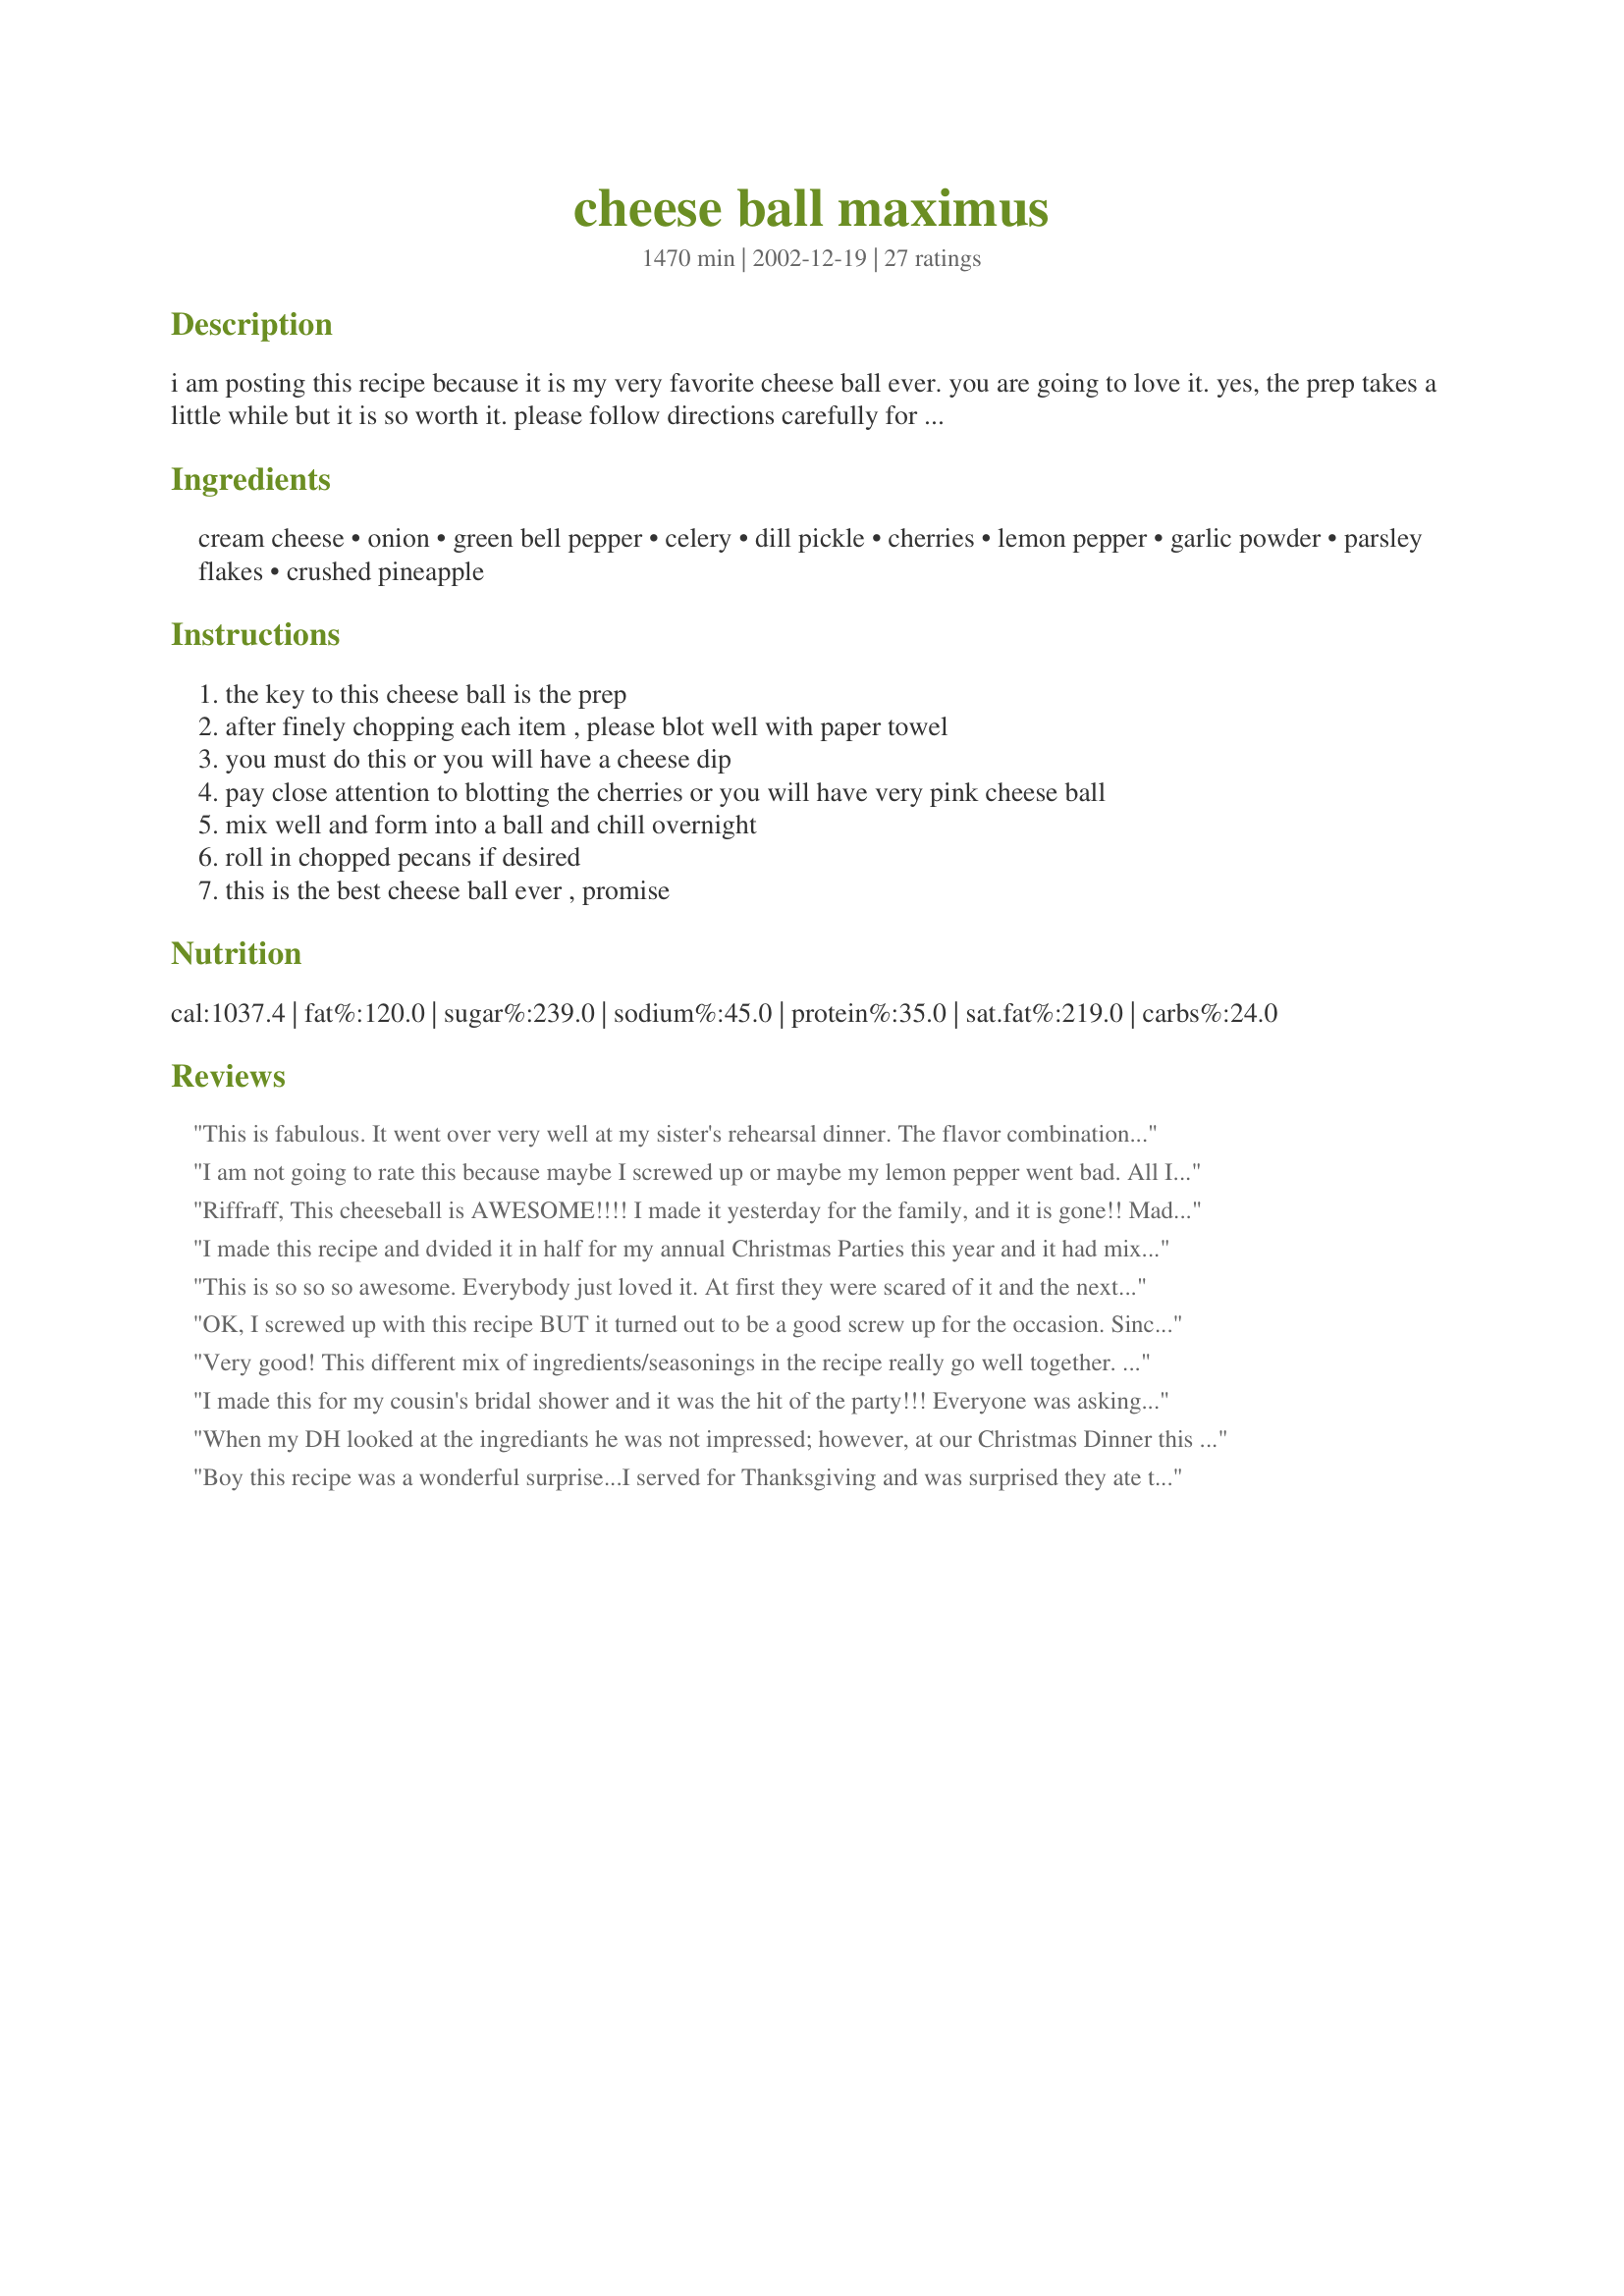
cheese ball maximus
Preparation time: 1470 minutes

i am posting this recipe because it is my very favorite cheese ball ever. you are going to love it. yes, the prep takes a little while but it is so worth it. please follow directions carefully for success. please do not do it with a processor as you want distinctive pieces of stuff. it is a very pretty cheese ball. cook time is refrigeration time.

Ingredients:
cream cheese, onion, green bell pepper, celery, dill pickle, cherries, lemon pepper, garlic powder, parsley flakes, crushed pineapple

Steps:
the key to this cheese ball is the prep
after finely chopping each item , please blot well with paper towel
you must do this or you will have a cheese dip
pay close attention to blotting the cherries or you will have very pink cheese ball
mix well and form into a ball and chill overnight
roll in chopped pecans if desired
this is the best cheese ball ever , promise

Reviews:
This is fabulous. It went over very well at my sister's rehearsal dinner. The flavor combinations seemed scary at first, but smelled SOOOO good together, and tasted even better :) Thanks for the recipe!
I am not going to rate this because maybe I screwed up or maybe my lemon pepper went bad. All I know is that my cheeseball was inedible. The lemon pepper was overpowering and unpleasant in the cheeseball. I would add it sparingly or not at all. Careful.
Riffraff,
This cheeseball is AWESOME!!!! I made it yesterday for the family, and it is gone!! Made another one tonight to take to a New Year's party tomorrow. I squished and squeezed the heck out of all of the ingredients with paper towel, and it came out wonderful! I rolled mine in crushed walnuts because thats what I had on hand. The flavor combination is just unreal!! The cherries and green pepper makes it so festive! Thanks so much for posting this recipe:)
~Manda
I made this recipe and dvided it in half for my annual Christmas Parties this year and it had mixed reviews. I also made it with spreadable cream cheese so that I could use it in my new snowman dish instead of as a cheeseball. My Friday evening party, hardly anyone touched it and the ones who did did not care it. However, the next day at my brunch party guests could not get enough of it and I had two people want the recipe to make it for themselves. I don't think I'll make this again, but I know some people who will.
This is so so so awesome. Everybody just loved it. At first they were scared of it and the next thing I knew it was gone. This is my favorite receipe in the world.
OK, I screwed up with this recipe BUT it turned out to be a good screw up for the occasion. Since it didn't say maraschino cherries in the recipe, I bought regular bing cherries in a can...which are very dark purple. I made this for my Halloween party and the ball looked like LIVER with the cherries in it chopped up but still was delicious. Now that I've made it I'm pretty sure that they meant MARASCHINO cherries, but it tastes great (and LOOKS GROSS) with Bing cherries should anyone need to know that! LOL!
Very good! This different mix of ingredients/seasonings in the recipe really go well together. It's very colorful too. I rinsed, chopped and blotted the fruit/veggies throughout the day and refrigerated them until it was time to make the ball at night. The pineapple I let sit in the colander, hanging over sink to drain, for about an hour or two. I used candied cherries (because I had them on hand to use up) and I really didn't have to do much to them except chop them, because they were already dry. I used one medium dill pickle; wasn't sure whether or not to use a small jar of pickles or a small pickle; I probably could've went with an even larger pickle though. I also rolled in the chopped pecans. This makes a big cheeseball! I served with rounded butter and onion crackers. My co-workers and I enjoyed this; I brought this for a work brunch. Thanks, riffraff!
I made this for my cousin's bridal shower and it was the hit of the party!!! Everyone was asking me what was in it and they all wanted a copy of the recipe. I followed your directions exactly and wouldn't change a thing! I squeezed the heck out of everything and didn't have a problem with it being watery or turning pink at all... it was firm and white with distict bits of color! Just perfect! If I could rate this recipe with more than 5 stars I would! Thanks for sharing such an AWESOME recipe Riff! :)
When my DH looked at the ingrediants he was not impressed; however, at our Christmas Dinner this had to be the hit of the evening. Even my DSL who HATES anything with nuts, LOVED this and raved about it, add to that it's appearance was so pretty and you have a hit. It does make a HUGE amount so we made two balls and froze one; don't know how it will freeze as we haven't tried it yet, but it is on the menu for New Years. Thank you for a wonderful recipe we'll enjoy from now on.
Boy this recipe was a wonderful surprise...I served for Thanksgiving and was surprised they ate the whole thing...must have been a hit.
This cheeseball not only tastes great but looks great too.
I made this for my sons 21st party and it was really popular.
Rolled it in pecans and served with a variety of crackers, thanks for sharing.
This was pretty good...it seemed to go over well with everyone. Seemed like a lot of ingredients for all that it was...I guess this just wasn't as good as my other cheese ball recipes but not to discourage anyone from making this...it was still very tasty...just not my personal favorite.
I was very reluctant to make this ball when I started cutting everything up. And even more so when I was mixing it together. But all doubt was taken away when it was tasted. THIS BALL ROCKS! I made it last Thanksgiving and it was gone before any of the other snacks were done. I will always make this for every event I go to.... Anyone having a baby?
This is a great cheeseball recipe!!! A little time consuming but definitely worth it. The ingredients do seem unusual but they blend so well together and it makes a beauiful, coloful cheeseball. Thank you!
Oh my goodness. I made a cheeseball every year for the holidays and I try to make different ones each time. I chose yours this year, but was leary of the cherries and pineapple with the savory ingredients. WOW, I had nothing to worry about. This is so good. It all blends wonderfully. We loved it. I will make again.
Excellent cheeseball, Riff. I did my chopping the night before and let everything blot in papertowel lined containers. I made the cheeseball the next morning and let it chill all day so it would be just right for Christmas Eve dinner. I also rolled it in chopped pecans. It was not only beautiful but great tasting as well. I highly recommend this for any type of entertaining. My family and guests ate every morsel. Thanks for sharing this recipe.
This was so delicious. I couldn't stop eating this and my guests all loved it. Really easy to prepare and so beautiful with the bits of cherry speckling the cheeseball. This will be a regular feature on my appetizer tray for holiday parties.
We really enjoyed this cheeseball. Loved the different ingredients in it. Thanks for posting.
Amazing flavor. Had my doubts but after the first bite I screamed WINNER!
Excellent!! I doubled the recipe, chilled overnight in a bowl, and made them into individual cheeseballs the next day. I dipped the top of each ball into the pecans and set each one onto a cracker (mini wheat Bretons) in a mini muffin cup. They were so cute!! I ended up giving a guest the recipe. :) Thanks so much for sharing! ...Oh, just thought I'd add that I used the small can of crushed pineapple, and the regular sized jar of maraschino cherries. Thanks again!
We all loved this. My friends all raved, and commented that it was not your typical cheeseball, but it was just wonderful. Interesting mixture of flavors, but it works perfectly. I'll make this one again for sure.
I have sent in a correction but thought this might make it through first. You need to add a small can of crushed pineapple, well drained and well dryed with paper towels.
Great cheeseball! Easy to make and easy to devour!!! Thank you so much riffraff!
Riff sent me this recipes as a request that I had for a cheeseball to send with my daughter for a office party. I have to tell you this was incredible. (correction hasn't been made yet but you also add pineapple. DD helped me put it together and I have to say the combination of flavors is out of this world. We ended up making 2 has my family started whining that we need one for home. This is like no other cheeseball you have ever tried! Yum. You made good on your promise Riff. It is the best!!!!
Well, I have had this at every party as far back as i can remember! My mom gets attacked if she doesnt bring it. It is pretty good, especially with ritz crackers. This is one of my moms most awesome recipies. The only thing hard is blotting the fruit, and that really isnt hard :) Even though it does sound a little funny, you should try it!! It will be a hit!! Love you mom!
What a lovely cheeseball. Perfect for Christmas. I think I used a whole roll of paper towels to dry the ingredients though! lol! Instead of jar cherries I used fresh and my onion was a red one.
This is an absolutely fantastic cheeseball! I was a little concerned mixing cherries, pineapples and dill pickle together. The individual flavors did not overpower each other at all. The result was a delectable combination. In addition to the luscious flavor, it was very easy to put together - once the blotting was finished :) Thanks for sharing this soon to be family favorite.
